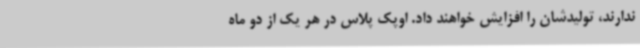
ندارند، تولیدشان را افزایش خواهند داد. اوپک پلاس در هر یک از دو ماه